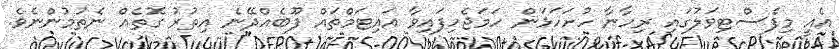
އެއީ މިފެސްޓިވަލުގައި ރިހާނާ ހުށަހަޅަން ހަމަޖެހިފައިވާ އައިޓަމްތައް ފޫބެއްދޭނެ އިތުރު ގޮތެއް ނެތުމުންނެވެ.